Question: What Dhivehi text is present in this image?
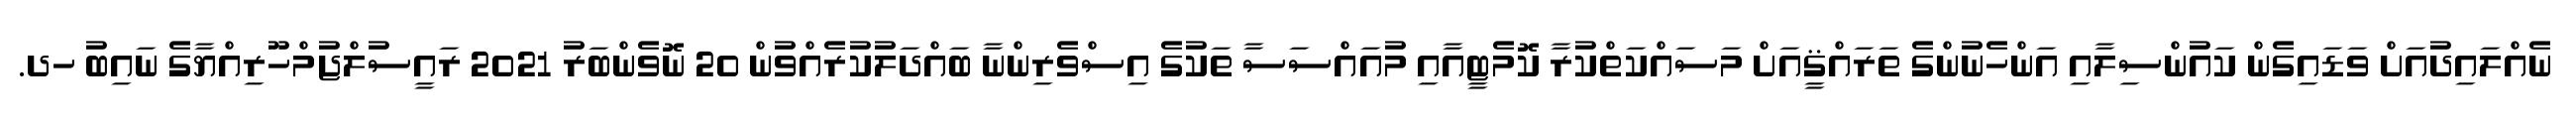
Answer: ނެއްލައިދުއަށް ވަޑައިގެން ކައުންސިލާއި އަންހެނުންގެ ތަރައްޤީއަށް މަސައްކަތްކުރާ ކޮމެޓީއާއި މުއައްސަސާ ތަކުގެ އިސްވެރިންނާ ބައްދަލުކުރެއްވުން 20 ނޮވެންބަރު 2021 ރައީސުލްޖުމްހޫރިއްޔާގެ ނައިބު ހދ.